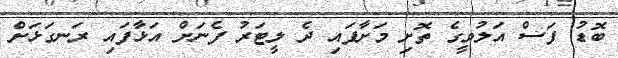
ބޮޑު ފަސް އަލުވީގެ ތޮށި މަށާފައި ދެ ލީޓަރު ފެނަށް އަޅާފައި ރަނގަޅަށް